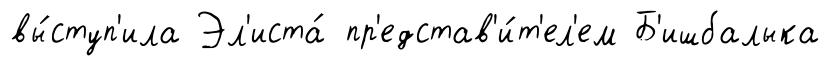
вы́ступ'ила Эл'иста́ пр'едстав'и́т'ел'ем Б'ишбалыка